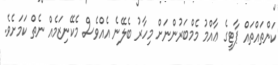
ކަންތައްތައް ޕާޓީގެ ޢާއްމު މެމްބަރުންނަށް މިހާރު ބެލޭނެ އެއްވެސް މެކޭނިޒަމެއް ނެތް ކަމަށެވެ.